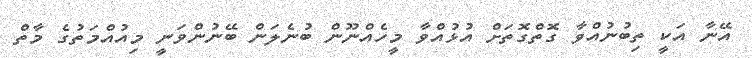
އޭނާ އަކީ ތިބުނުއްވާ ގޮތްގޮތަށް އުޅުއްވާ މީހެއްނޫން ބުނެލަން ބޭނުންވަނީ މިއުއްމަތުގެ މާތް